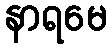
နာရမေ